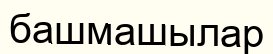
башмашылар